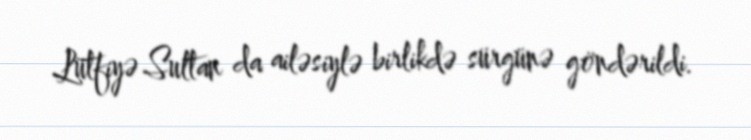
Lütfiyə Sultan da ailəsiylə birlikdə sürgünə göndərildi.